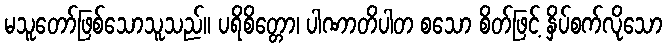
မသူတော်ဖြစ်သောသူသည်။ ပရိစိတ္တော၊ ပါဏာတိပါတ စသော စိတ်ဖြင့် နှိပ်စက်လိုသော